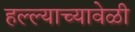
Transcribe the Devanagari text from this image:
हल्ल्याच्यावेळी